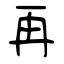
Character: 再